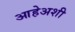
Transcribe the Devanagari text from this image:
आहेअशी